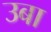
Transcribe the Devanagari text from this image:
उबा